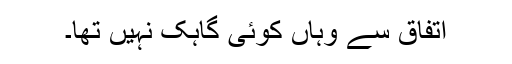
اتفاق سے وہاں کوئی گاہک نہیں تھا۔